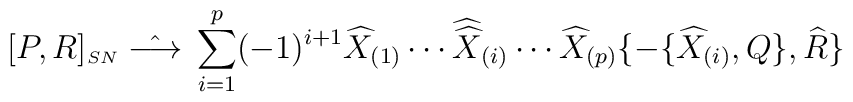
[P,R]_{\scriptscriptstyle SN} \; \hat{\longrightarrow} \; \sum_{i=1}^p(-1)^{i+1}\widehat{X}_{(1)}\cdots{\widehat {\widehat  X}}_{(i)}\cdots\widehat{X}_{(p)}\{-\{\widehat{X}_{(i)}, Q\},\widehat{R}\}